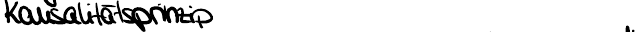
Kausalitätsprinzip